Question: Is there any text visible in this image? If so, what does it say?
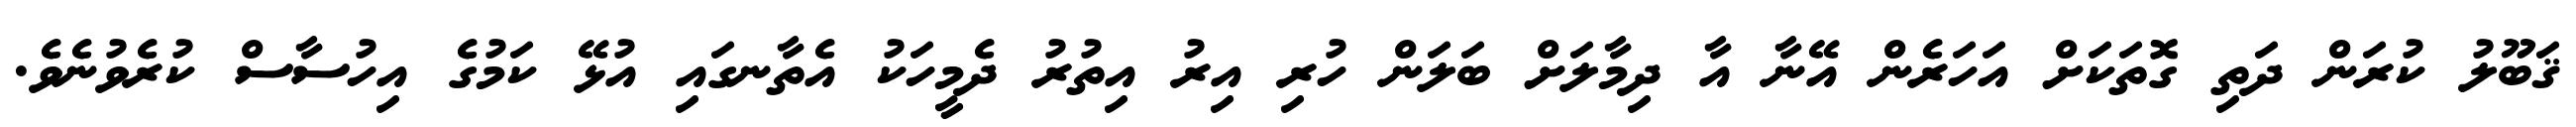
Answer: ޤަބޫލު ކުރަން ދަތި ގޮތަކަށް އަހަރެން އޭނާ އާ ދިމާލަށް ބަލަން ހުރި އިރު އިތުރު ދެމީހަކު އެތާނގައި އުޅޭ ކަމުގެ އިހުސާސް ކުރެވުނެވެ.